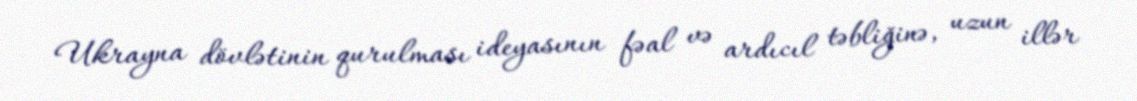
Ukrayna dövlətinin qurulması ideyasının fəal və ardıcıl təbliğinə, uzun illər